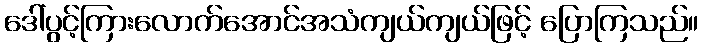
ဒေါ်ပွင့်ကြားလောက်အောင်အသံကျယ်ကျယ်ဖြင့် ပြောကြသည်။